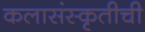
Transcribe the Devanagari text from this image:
कलासंस्कृतीची